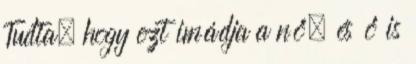
Tudta, hogy ezt imádja a nő, és ő is